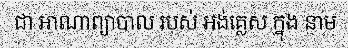
ជា អាណាព្យាបាល របស់ អង់គ្លេស ក្នុង នាម